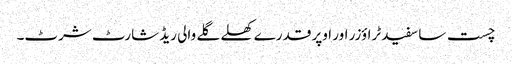
چست سا سفید ٹراؤزر اور اوپر قدرے کھلے گلے والی ریڈ شارٹ شرٹ۔